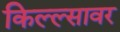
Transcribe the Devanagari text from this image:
किल्ल्सावर